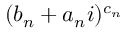
( b _ { n } + a _ { n } i ) ^ { c _ { n } }